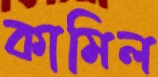
কামিল